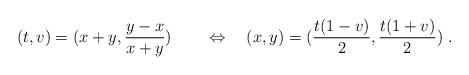
LaTeX: \begin{align*}(t,v)=(x+y,\frac{y-x}{x+y})\ \ \ \quad\Leftrightarrow\ \ \ (x,y)=(\frac{t(1-v)}{2},\frac{t(1+v)}{2})\ .\end{align*}